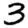
Digit: 3